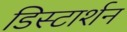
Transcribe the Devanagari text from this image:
डिस्टार्शन